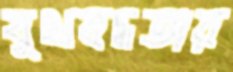
যূথবদ্ধতার